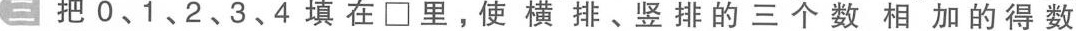
三把0、1、2、3、4填在\square里。使横排、竖排的三个数相加的得数